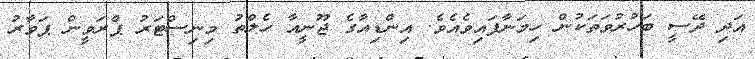
އަދި ދޭސީ ބަހުރުވަތަކުން ހިމަނާފައިވެއެވެ. އިންޑިއާގެ ޖޫނީއާ ހެލްތު މިނިސްޓަރު ޕްރަވީން ޕަވާރު